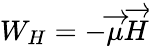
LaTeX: W_{H}=-\overrightarrow{\mu}\overrightarrow{H}